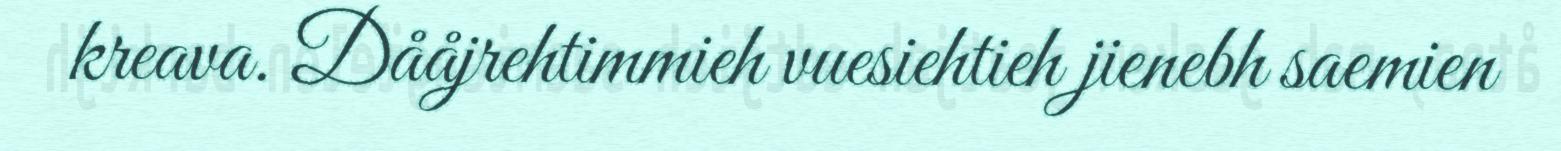
kreava. Dååjrehtimmieh vuesiehtieh jienebh saemien